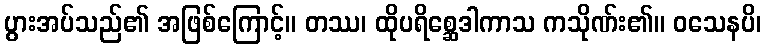
ပွားအပ်သည်၏ အဖြစ်ကြောင့်။ တဿ၊ ထိုပရိစ္ဆေဒါကာသ ကသိုဏ်း၏။ ဝသေနပိ၊